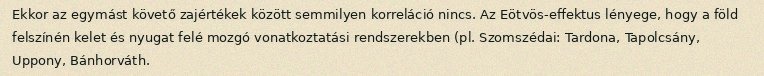
Ekkor az egymást követő zajértékek között semmilyen korreláció nincs. Az Eötvös-effektus lényege, hogy a föld felszínén kelet és nyugat felé mozgó vonatkoztatási rendszerekben (pl. Szomszédai: Tardona, Tapolcsány, Uppony, Bánhorváth.